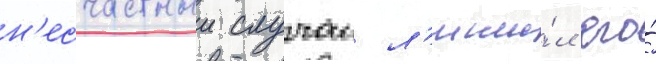
н'есчастныи случаи л'иши́л его́